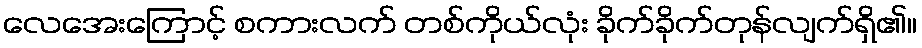
လေအေးကြောင့် စကားလက် တစ်ကိုယ်လုံး ခိုက်ခိုက်တုန်လျက်ရှိ၏။